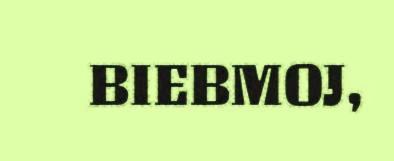
BIEBMOJ,